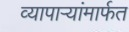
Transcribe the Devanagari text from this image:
व्यापाऱ्यांमार्फत